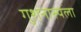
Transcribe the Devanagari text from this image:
गुशनास्पला